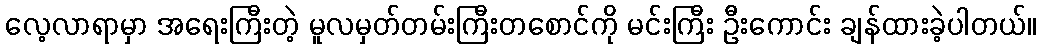
လေ့လာရာမှာ အရေးကြီးတဲ့ မူလမှတ်တမ်းကြီးတစောင်ကို မင်းကြီး ဦးကောင်း ချန်ထားခဲ့ပါတယ်။